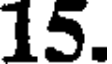
15.